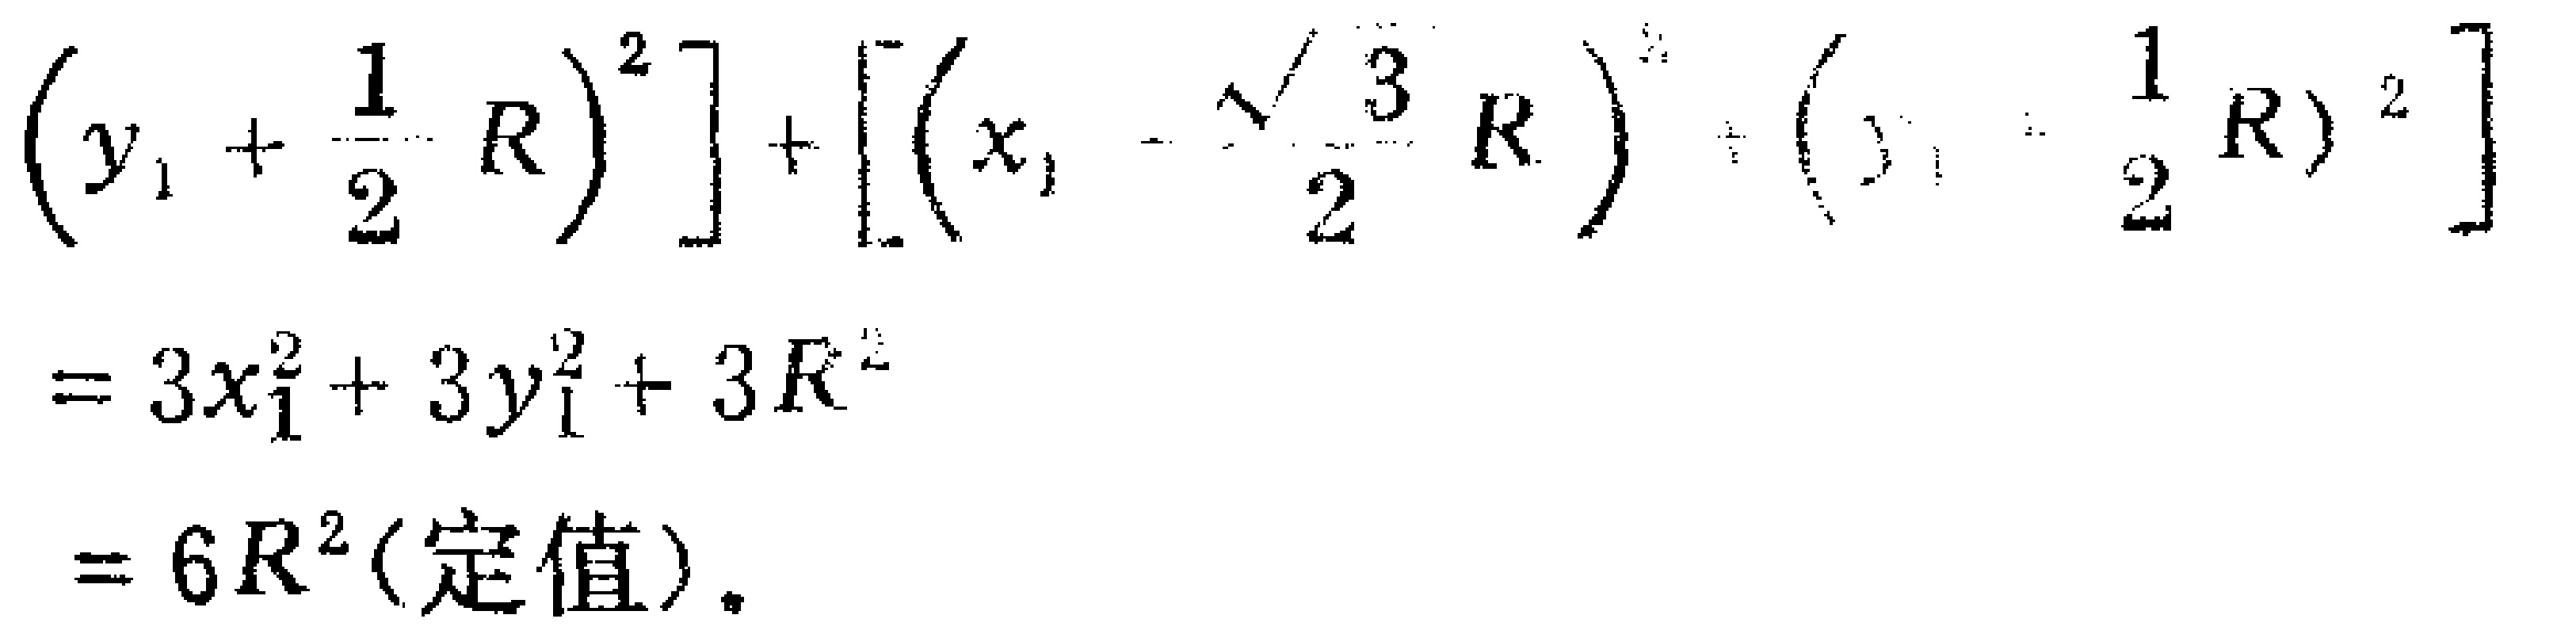
\(\left(y_{1}+\frac{1}{2}R\right)^{2}]+\left[\left(x_{1}-\frac{\sqrt{3}}{2}R\right)^{2}+\left(y_{1}-\frac{1}{2}R\right)^{2}\right]\)
\(=3x_{1}^{2}+3y_{1}^{2}+3R^{2}\)
\(=6R^{2}(\text{定值})\)